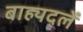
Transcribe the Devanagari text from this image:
बाह्यदलें